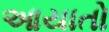
આયાતો